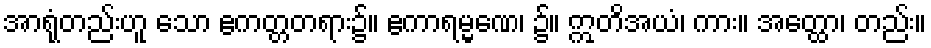
အာရုံတည်းဟူ သော ဧကတ္တတရား၌။ ဧကာရမ္မဏေ၊ ၌။ ဣတိအယံ၊ ကား။ အတ္ထော၊ တည်း။